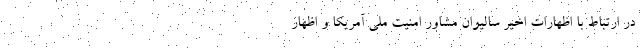
در ارتباط با اظهارات اخیر سالیوان مشاور امنیت ملی آمریکا و اظهار